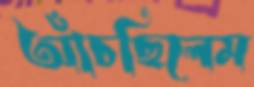
আঁচছিলেম